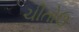
ચીતોઉ